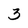
Character: 3